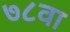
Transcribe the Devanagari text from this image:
७८वा